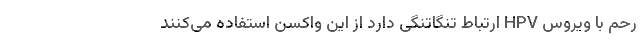
رحم با ویروس HPV ارتباط تنگاتنگی دارد از این واکسن استفاده می‌کنند